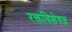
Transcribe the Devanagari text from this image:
रक्तविशेषज्ञ